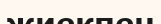
жиекпен